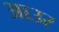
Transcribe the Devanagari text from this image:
आउर